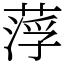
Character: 𦷰